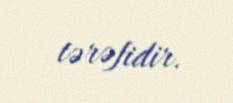
tərəfidir.